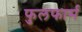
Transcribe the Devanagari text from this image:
फुलफार्म